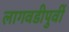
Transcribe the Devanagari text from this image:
लागवडीपुर्वी